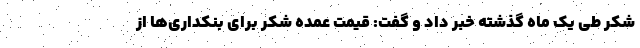
شکر طی یک ماه گذشته خبر داد و گفت: قیمت عمده شکر برای بنکداری‌ها از